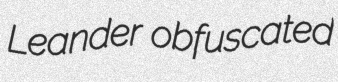
Leander obfuscated